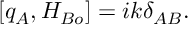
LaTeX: [ q _ { A } , H _ { B o } ] = i k \delta _ { A B } .